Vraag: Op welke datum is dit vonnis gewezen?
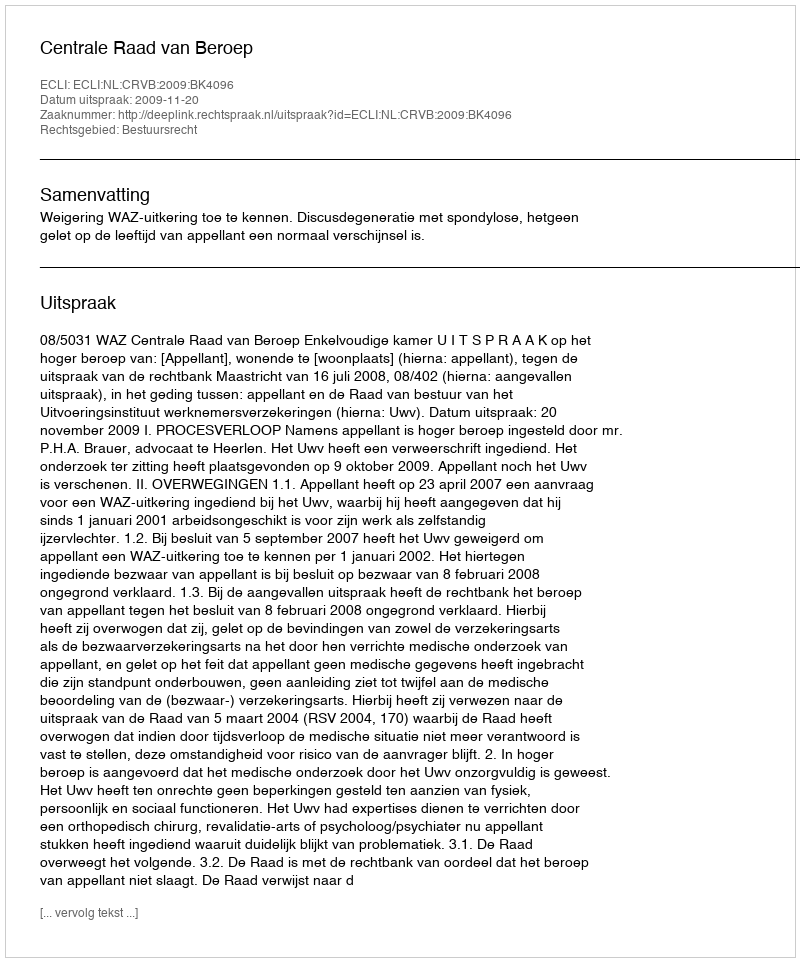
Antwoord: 2009-11-20